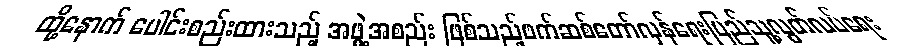
ထို့နောက် ပေါင်းစည်းထားသည့် အဖွဲ့အစည်း ဖြစ်သည့်ဖက်ဆစ်တော်လှန်ရေးပြည်သူ့လွတ်လပ်ရေး